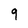
Character: 9